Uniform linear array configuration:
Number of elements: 32
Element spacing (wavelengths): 0.25
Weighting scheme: blackman
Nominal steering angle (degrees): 30
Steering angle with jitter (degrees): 30.842
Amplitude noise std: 0.05
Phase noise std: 0.05

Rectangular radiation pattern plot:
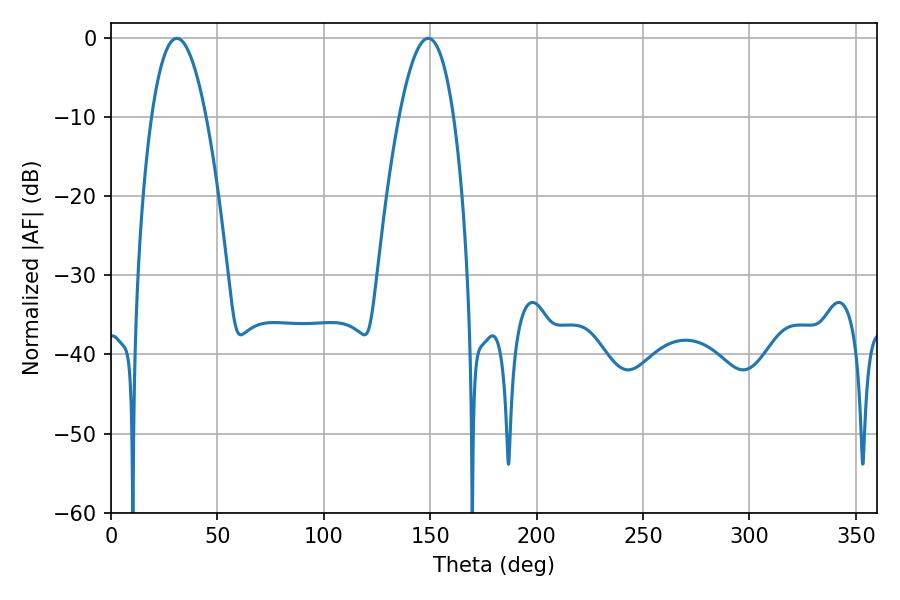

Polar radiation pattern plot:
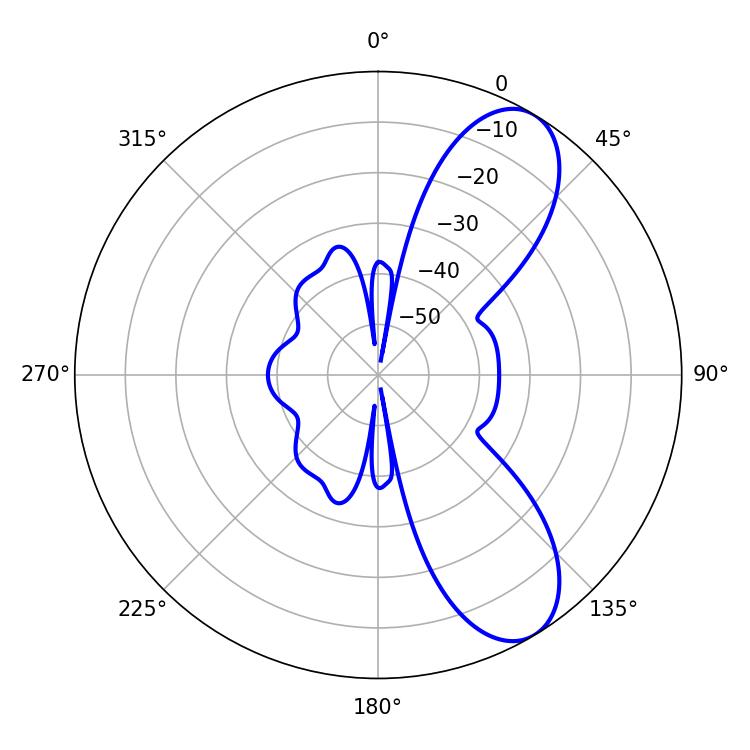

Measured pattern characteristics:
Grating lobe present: FALSE
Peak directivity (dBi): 8.629
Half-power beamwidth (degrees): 14.22
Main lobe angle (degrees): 30.96